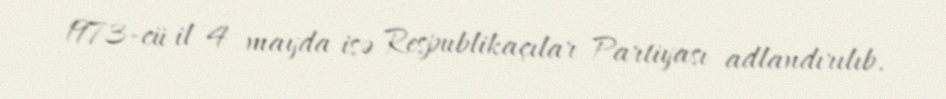
1973-cü il 4 mayda isə Respublikaçılar Partiyası adlandırılıb.